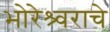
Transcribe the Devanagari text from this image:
भोरेश्र्वराचे